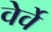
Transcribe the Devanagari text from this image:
वेर्वे